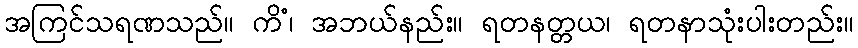
အကြင်သရဏသည်။ ကိံ၊ အဘယ်နည်း။ ရတနတ္တယ၊ ရတနာသုံးပါးတည်း။